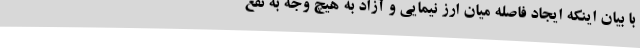
با بیان اینکه ایجاد فاصله میان ارز نیمایی و آزاد به هیچ وجه به نفع